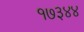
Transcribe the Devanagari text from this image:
१७३४४